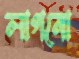
লাগনো